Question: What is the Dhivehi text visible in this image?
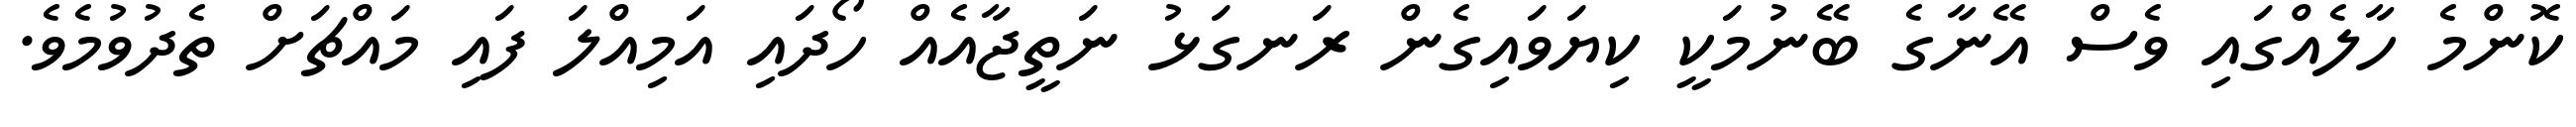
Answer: ކޮންމެ ހާލެއްގައި ވެސް އޭނާގެ ބޭނުމަކީ ކިޔަވައިގެން ރަނގަޅު ނަތީޖާއެއް ހޯދައި އަމިއްލަ ފައި މައްޗަށް ތެދުވުމެވެ.